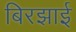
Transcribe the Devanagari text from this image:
बिरझाई